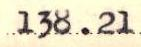
138.21